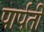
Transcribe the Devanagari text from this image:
पार्पती